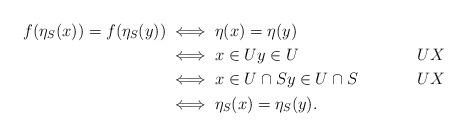
LaTeX: \begin{align*}f(\eta_S(x)) = f(\eta_S(y)) & \iff \eta(x) = \eta(y) \\& \iff x \in U y \in U & U X \\& \iff x \in U \cap S y \in U \cap S & U X \\& \iff \eta_S(x) = \eta_S(y).\end{align*}